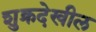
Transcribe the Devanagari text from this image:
शुक्रदेखील